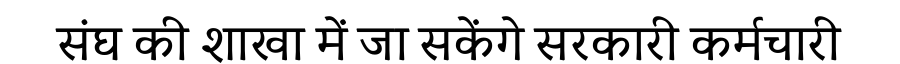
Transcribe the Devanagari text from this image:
संघ की शाखा में जा सकेंगे सरकारी कर्मचारी